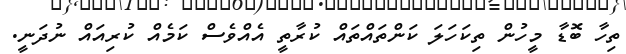
ތިހާ ބޮޑާ މީހުން ތިކަހަލަ ކަންތަައްތައް ކުރާތީ އެއްވެސް ކަމެއް ކުރިއައް ނުދަނީ.